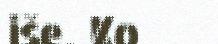
iše. Ko